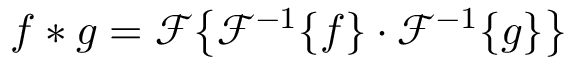
f * g = { \mathcal { F } } { \big \{ } { \mathcal { F } } ^ { - 1 } \{ f \} \cdot { \mathcal { F } } ^ { - 1 } \{ g \} { \big \} }